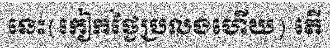
នេះ(កៀកថ្ងៃប្រលងហើយ) តើ